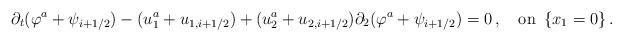
LaTeX: \begin{align*}\partial_t(\varphi^a+\psi_{i+1/2})-(u_1^a+u_{1,i+1/2})+(u_2^a+u_{2,i+1/2})\partial_2(\varphi^a+\psi_{i+1/2})=0\,,\quad\mbox{on}\,\,\,\{x_1=0\}\,.\end{align*}